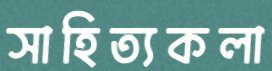
সাহিত্যকলা